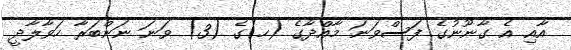
އާއި އެ ގާނޫނުގެ ފަސްވަނަ މާއްދާގެ (ހ)ގެ (3) ވަނަ ނަންބަރާ ހަވާލާދީ